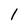
Character: 1